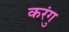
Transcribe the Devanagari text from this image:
करंगु